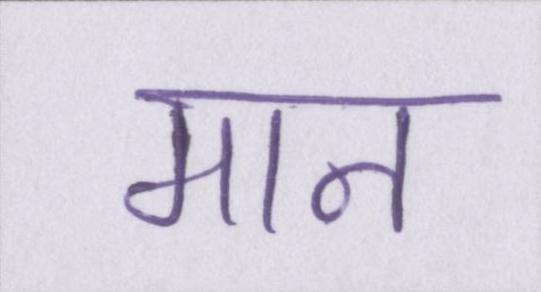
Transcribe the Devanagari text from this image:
मान